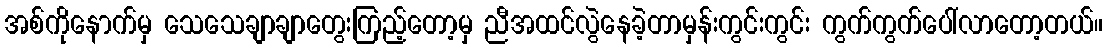
အစ်ကိုနောက်မှ သေသေချာချာတွေးကြည့်တော့မှ ညီအထင်လွဲနေခဲ့တာမှန်းကွင်းကွင်း ကွက်ကွက်ပေါ်လာတော့တယ်။